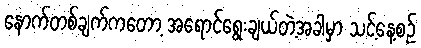
နောက်တစ်ချက်ကတော့ အရောင်ရွေးချယ်တဲ့အခါမှာ သင့်နေ့စဉ်